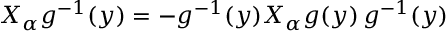
X _ { \alpha } g ^ { - 1 } ( y ) = - g ^ { - 1 } ( y ) X _ { \alpha } g ( y ) \, g ^ { - 1 } ( y )